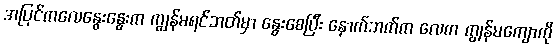
အပြင်ကလေနွေးနွေးက ကျွန်မရင်ဘတ်မှာ နွေးစေပြီး နောက်ဘက်က လေက ကျွန်မကျောကို